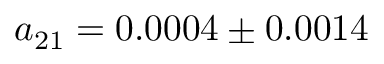
a _ { 2 1 } = 0 . 0 0 0 4 \pm 0 . 0 0 1 4